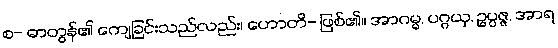
စ- ဓာတွန်၏ ကျေခြင်းသည်လည်း၊ ဟောတိ- ဖြစ်၏။ အာဂမ္မ, ပဂ္ဂယှ, ဥပ္ပဇ္ဇ, အာရ